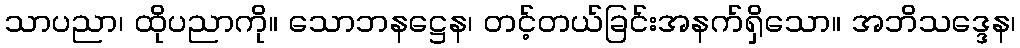
သာပညာ၊ ထိုပညာကို။ သောဘနဋ္ဌေန၊ တင့်တယ်ခြင်းအနက်ရှိသော။ အဘိသဒ္ဒေန၊